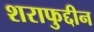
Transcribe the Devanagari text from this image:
शराफुद्दीन